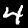
Label: 4